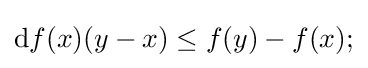
\mathrm {d} f(x)(y-x)\leq f(y)-f(x);